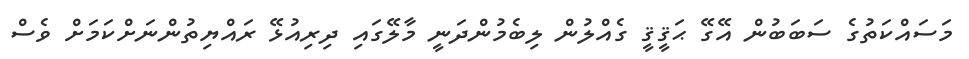
މަސައްކަތުގެ ސަބަބުން އޭގޭ ޙަޤީޤީ ގެއްލުން ލިބެމުންދަނީ މާލޭގައި ދިރިއުޅޭ ރައްޔިތުންނަށްކަމަށް ވެސް